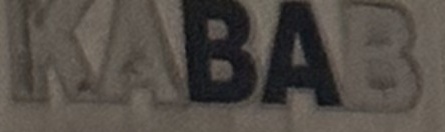
KABAB